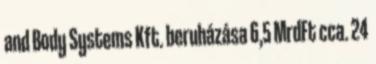
and Body Systems Kft. beruházása 6,5 MrdFt cca. 24